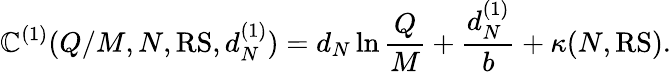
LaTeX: \mathbb{C}^{(1)}(Q/M,N,\mathrm{{RS}},d_{N}^{(1)})=d_{N}\ln\frac{{Q}}{{M}}+\frac{{d_{N}^{(1)}}}{{b}}+\kappa(N,{\mathrm{{RS}}}).